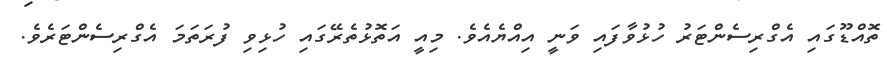
ތޮއްޑޫގައި އެގްރިސެންޓަރު ހުޅުވާފައި ވަނީ އިއްޔެއެވެ. މިއީ އަތޮޅުތެރޭގައި ހުޅިވި ފުރަތަމަ އެގްރިސެންޓަރެވެ.